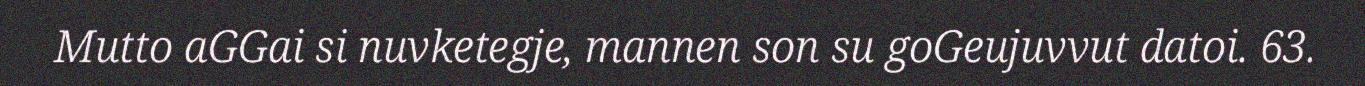
Mutto aGGai si nuvketegje, mannen son su goGeujuvvut datoi. 63.